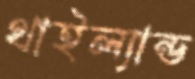
থাইল্যান্ড